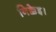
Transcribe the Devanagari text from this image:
निक्केइ।